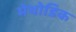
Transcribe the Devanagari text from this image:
मेथोडिक